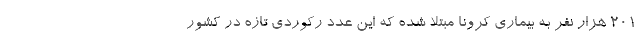
۲۰۱ هزار نفر به بیماری کرونا مبتلا شده که این عدد رکوردی تازه در کشور